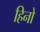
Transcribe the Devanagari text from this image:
हिनो